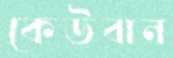
কেউবান